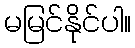
မမြင်နိုင်ပါ။